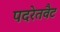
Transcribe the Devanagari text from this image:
पदरेतवैट